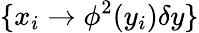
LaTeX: \{ x_{i}\to\phi^{2}(y_{i})\delta y\}